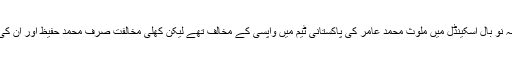
ڈی ڈبلیو کو معلوم ہوا ہے کہ موجودہ ٹیم کے آٹھ کھلاڑی دو ہزار دس کے بدنام زمانہ نو بال اسکینڈل میں ملوث محمد عامر کی پاکستانی ٹیم میں واپسی کے مخالف تھے لیکن کھلی مخالفت صرف محمد حفیظ اور ان کی ڈومیسٹک ٹیم سوئی ناردرن گیس میں کھیلنے والے اظہرعلی اور عمر اکمل نے کی۔